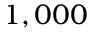
1 , 0 0 0